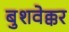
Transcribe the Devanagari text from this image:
बुशवेक्कर